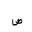
Letter: _sad